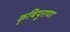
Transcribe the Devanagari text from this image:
कृषिपुराण